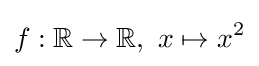
f:\mathbb {R} \to \mathbb {R} ,\ x\mapsto x^{2}